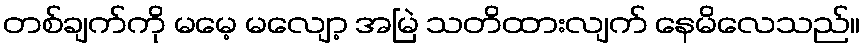
တစ်ချက်ကို မမေ့ မလျော့ အမြဲ သတိထားလျက် နေမိလေသည်။